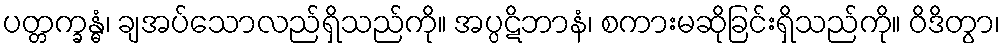
ပတ္တက္ခန္ဓံ၊ ချအပ်သောလည်ရှိသည်ကို။ အပ္ပဋိဘာနံ၊ စကားမဆိုခြင်းရှိသည်ကို။ ဝိဒိတွာ၊